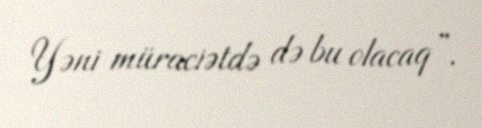
Yəni müraciətdə də bu olacaq”.